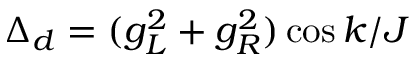
\Delta _ { d } = ( g _ { L } ^ { 2 } + g _ { R } ^ { 2 } ) \cos k / J